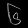
Digit: ၆